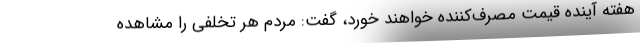
هفته آینده قیمت مصرف‌کننده خواهند خورد، گفت: مردم هر تخلفی را مشاهده